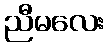
ညီမလေး